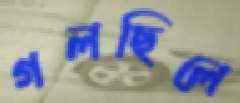
গলছিলে